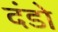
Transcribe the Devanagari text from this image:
दंडो